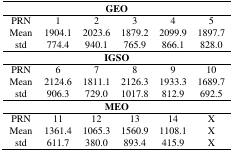
| <COLSPAN=6> GEO |
 | --- | --- | --- | --- | --- | --- |
 | PRN | 1 | 2 | 3 | 4 | 5 |
 | Mean | 1904.1 | 2023.6 | 1879.2 | 2099.9 | 1897.7 |
 | std | 774.4 | 940.1 | 765.9 | 866.1 | 828.0 |
 | <COLSPAN=6> IGSO |
 | PRN | 6 | 7 | 8 | 9 | 10 |
 | Mean | 2124.6 | 1811.1 | 2126.3 | 1933.3 | 1689.7 |
 | std | 906.3 | 729.0 | 1017.8 | 812.9 | 692.5 |
 | <COLSPAN=6> MEO |
 | PRN | 11 | 12 | 13 | 14 | X |
 | Mean | 1361.4 | 1065.3 | 1560.9 | 1108.1 | X |
 | std | 611.7 | 380.0 | 893.4 | 415.9 | X |